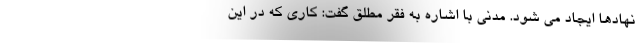
نهادها ایجاد می شود. مدنی با اشاره به فقر مطلق گفت: کاری که در این